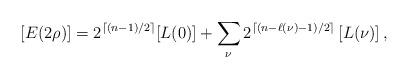
LaTeX: \begin{align*}[E(2\rho)]=2^{\lceil (n-1)/2\rceil}[L(0)]+\sum_{\nu}2^{\lceil (n-\ell(\nu)-1)/2\rceil}\left[L(\nu)\right],\end{align*}